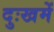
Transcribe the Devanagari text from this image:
दुःखमें